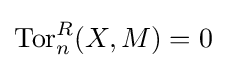
\operatorname {Tor} _{n}^{R}(X,M)=0